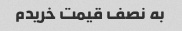
به نصف قیمت خریدم